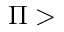
\Pi >